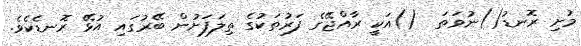
މުށި ރޮނޑު()ނުވަތަ  ()އަކީ ރާއްޖޭގެ ފަރުތަކުގެ ތިލަފަށުން ބޭރުގައި އުޅޭ ރޮނޑެކެވެ.